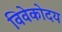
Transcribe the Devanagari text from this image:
विवेकोदय